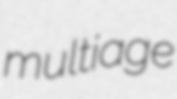
multiage